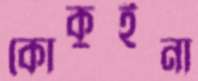
কোকুইনা